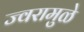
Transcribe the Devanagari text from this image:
ज्वरामुळे